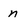
Character: n